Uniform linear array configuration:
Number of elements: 64
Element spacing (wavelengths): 0.75
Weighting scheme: hamming
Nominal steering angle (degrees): -15
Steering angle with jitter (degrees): -14.469
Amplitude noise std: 0.05
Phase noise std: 0.05

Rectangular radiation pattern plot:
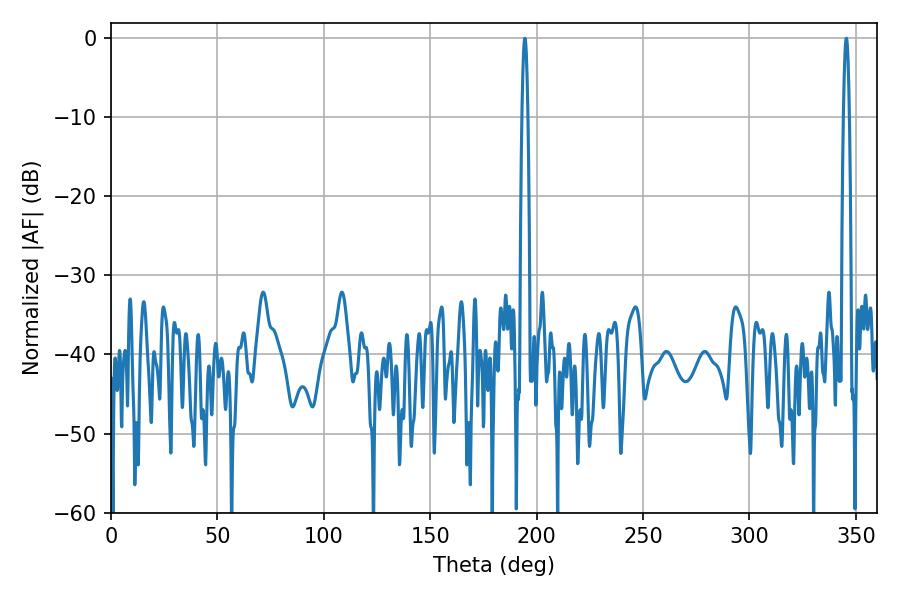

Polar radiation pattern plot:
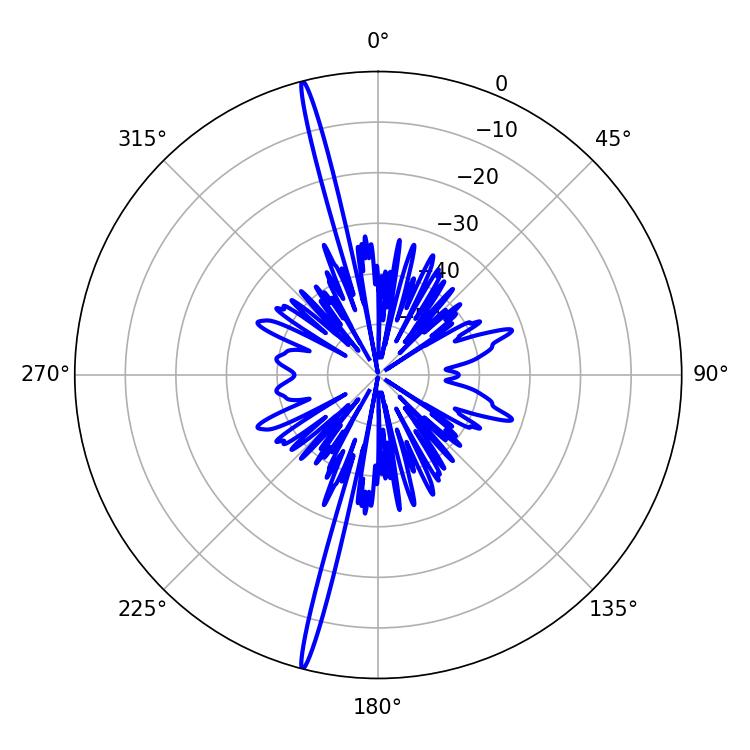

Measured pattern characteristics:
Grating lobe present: TRUE
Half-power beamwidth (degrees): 1.44
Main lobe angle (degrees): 194.4